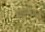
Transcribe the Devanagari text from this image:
अँगुलीवाले